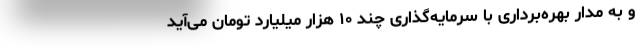
و به مدار بهره‌برداری با سرمایه‌گذاری چند ۱۰ هزار میلیارد تومان می‌آید